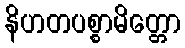
နိဟတပစ္စာမိတ္တော